Report on vaccination in Madras 1922-1929 - 1922-1929
Year: 1922
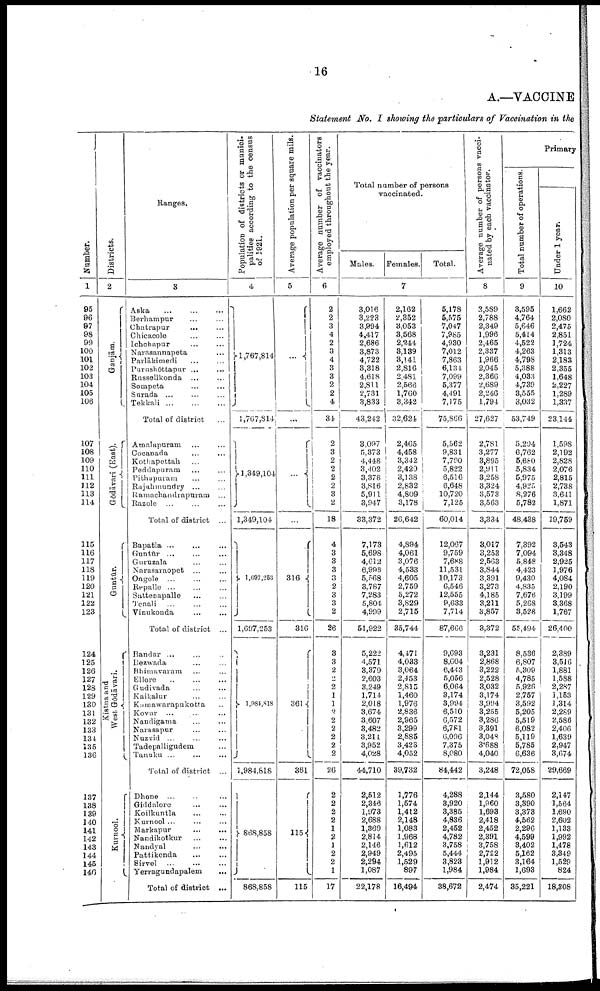
16
A.—VACCINE
Statement No. I showing the particulars of Vaccination in the
Number.
1
95
96
97
98
99
100
101
102
103
104
105
106
107
108
109
110
111
112
113
114
115
116
117
118
119
120
121
122
123
124
125
126
127
128
129
130
131
132
133
134
135
136
137
138
139
140
141
142
143
144
145
140
Districts.
2
Ganjām.
Gōdāvari (East).
Guntūr.
Kistna and
West. Gōdāvari.
Kurnool.
Ranges.
3
Aska ... ... ...
Berhampur ... ...
Chatrapur ... ...
Chicacole ... ...
Ichchapur ... ...
Narasannapeta ...
Parlākimedi ... ...
Purushōttapur ...
...
Russellkonda ... ...
Sompeta ... ...
Surada ... ... ...
Tekkali
...
...
...
Total of district ...
Amalapuram ... ...
Cocanada ... ...
Kothapettah ...
Peddapuram ... ...
Pithapuram ... ...
Rajahmundry ... ...
Ramchandrapuram ...
Razole ... ... ...
Total of district ...
Bapatla ... ... ...
Guntūr ... ... ...
Guruzala ... ...
Narasaraopet ... ...
Ongole ... ... ...
Repalle ... ... ...
Sattenapalle ... ...
Tenali ... ...
Vinukonda ... ...
Total of district ...
Bandar ... ... ...
Bezwada ... ...
Bhimavaram ... ...
Ellore
...
...
...
Gudivada ... ... ...
Kaikalur ... ... ...
Kamawarapukotta ...
Kovur ... ... ...
Nandigama ... ...
Narasapur ... ...
Nuzvid ... ... ...
Tadepalligudem ...
Tanuku ... ... ...
Total of district ...
Dhone
...
...
...
Giddalore ... ...
Koilkuntla ... ...
Kurnool ... ... ...
Markapur
...
...
Nandikotkur ... ...
Nandyal ... ... ...
Pattikonda ... ...
Sirvel ... ... ...
Yerragundapalem
...
Total of district ...
Population of districts or munici
palities according to the census
of 1921.
4
1,767,814
1,767,814
1,349,104
1,349,104
1,697,253
1,697,253
1,984,818
1,984,818
868,858
868,858
Average population per square mils.
5
...
...
...
...
316
316
361
361
115
115
Average number of vaccinators
employed throughout the year.
6
2
2
3
4
2
3
4
3
3
2
2
4
34
2
3
2
2
2
2
3
2
18
4
3
3
3
3
2
3
3
2
26
3
3
2
2
2
1
1
2
2
2
2
2
2
26
2
2
2
2
1
2
1
2
2
1
17
Total number of persons
vaccinated.
Males. Females.
Total.
7
3,016
3,223
3,994
4,417
2,686
3,873
4,722
3,318
4,618
2,811
2,731
3,833
43,242
3.097
5,373
4,448
3,402
3,378
3,816
5,911
3,947
33,372
7,173
5,698
4,612
6,998
5,568
3,787
7,283
5,804
4,999
51,922
5,222
4,571
3,379
2,603
3,249
1,714
2,018
3,674
3,607
3,482
3,211
3,952
4,028
44,710
2,512
2,346
1,973
2,688
1,369
2,814
2,146
2,949
2,294
1,087
22,178
2,162
2,352
3,053
3,568
2,244
3,189
3,141
2,816
2,481
2,566
1,760
3,342
32,624
2,465
4,458
3,342
2,420
3,138
2,832
4,809
3,178
26,642
4,894
4,061
3,076
4,533
4,605
2,759
5,272
3,829
2,715
35,744
4,471
4,033
3,064
2,453
2,815
1,460
1,976
2,836
2,965
3,299
2,885
3,423
4,052
39,732
1,776
1,574
1,412
2,148
1,083
1,968
1,612
2,495
1,529
897
16,494
5,178
5,575
7,047
7,985
4,930
7,012
7,863
6,134
7,099
5,377
4,491
7,175
75,866
5,562
9,831
7,790
5,822
6,516
6,648
10,720
7,125
60,014
12,067
9,759
7,688
11,531
10,173
6,546
12,555
9,633
7,714
87,666
9,693
8,604
6,443
5,056
6,064
3,174
3,994
6,510
6,572
6,781
6,096
7,375
8,080
84,442
4,288
3,920
3,385
4,836
2,452
4,782
3,758
5,444
3,823
1,984
38,672
Average number of persons vacci
nated by each vaccinator.
8
2,589
2,788
2,349
1,996
2,465
2,337
1,966
2,045
2,366
2,689
2,246
1,794
27,627
2,781
3,277
3,895
2,911
3,258
3,324
3,573
3,563
3,334
3,017
3,253
2,563
3,844
3,391
3,273
4,185
3,211
3,857
3,372
3,231
2,868
3,222
2,528
3,032
3,174
3,994
3,255
3,286
3,391
3,048
3,688
4,040
3,248
2,144
1,960
1,693
2,418
2,452
2,391
3,758
2,722
1,912
1,984
2,474
Primary
Total number of operations.
9
3,595
4,764
5,646
5,414
4,522
4,263
4,798
5,388
4,033
4,739
3,555
3,032
53,749
5,204
6,762
5,680
5,834
5,975
4,925
8,276
5,782
48,438
7,392
7,094
5,848
4,423
9,430
4,835
7,676
5,268
3,528
55,494
8,536
6,807
5,309
4,785
5,926
2,757
3,592
5,205
5,519
6,082
5,119
5,785
6,636
72,058
3,580
3,390
3,373
4,562
2,296
4,599
3,402
5,162
3,164
1,693
35,221
Under 1 year.
10
1,662
2,080
2,475
2,851
1,724
1,313
2,183
2,355
1,648
2,227
1,289
1,337
23,144
1,598
2,192
2,828
2,076
2,815
2,738
3,641
1,871
19,759
3,543
3,348
2,925
1,976
4,084
2,190
3,199
3,368
1,767
26,400
2,389
3,516
1,881
1,588
2,287
1,153
1,314
2,289
2,586
2,406
1,639
2,947
3,674
29,669
2,147
1,564
1,690
2,602
1,133
1,992
1,478
3,349
1,529
824
18,308